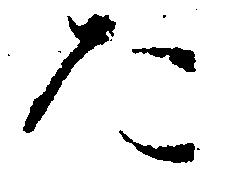
た